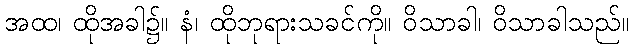
အထ၊ ထိုအခါ၌။ နံ၊ ထိုဘုရားသခင်ကို။ ဝိသာခါ၊ ဝိသာခါသည်။